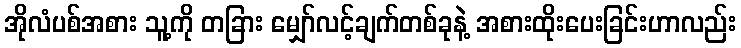
အိုလံပစ်အစား သူ့ကို တခြား မျှော်လင့်ချက်တစ်ခုနဲ့ အစားထိုးပေးခြင်းဟာလည်း